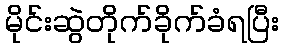
မိုင်းဆွဲတိုက်ခိုက်ခံရပြီး